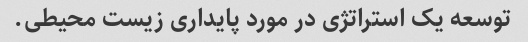
توسعه یک استراتژی در مورد پایداری زیست محیطی.